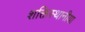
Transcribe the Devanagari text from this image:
शक्तिस्थानीया